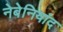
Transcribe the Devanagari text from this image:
नेबेनियांद